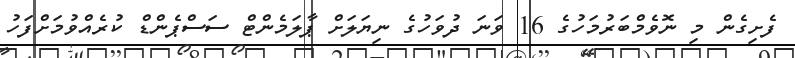
ފެށިގެން މި ނޮވެމްބަރުމަހުގެ 16 ވަނަ ދުވަހުގެ ނިޔަލަށް ޕާލަމެންޓް ސަސްޕެންޑް ކުރެއްވުމަށްފަހު